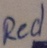
Text: Red